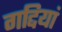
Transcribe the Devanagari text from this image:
गद्दियां